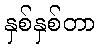
နှစ်နှစ်တာ